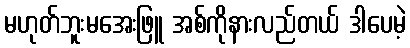
မဟုတ်ဘူးမအေးဖြူ အစ်ကိုနားလည်တယ် ဒါပေမဲ့